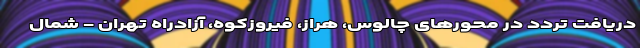
دریافت تردد در محورهای چالوس، هراز، فیروزکوه، آزادراه تهران - شمال